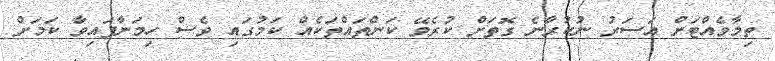
ތިމާވެއްޓަށް އަސަރު ނުކުރާނެ ގޮތަށް ކުރެވޭ ކަންތައްތަކެއް ކަމުގައި ވެސް ހިމަނާފައިވާ ކަމަށް